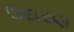
ઉદારણ